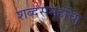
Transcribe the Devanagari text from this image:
शब्दसमूहांचा